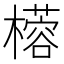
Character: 㯴